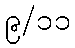
၉/၁၁